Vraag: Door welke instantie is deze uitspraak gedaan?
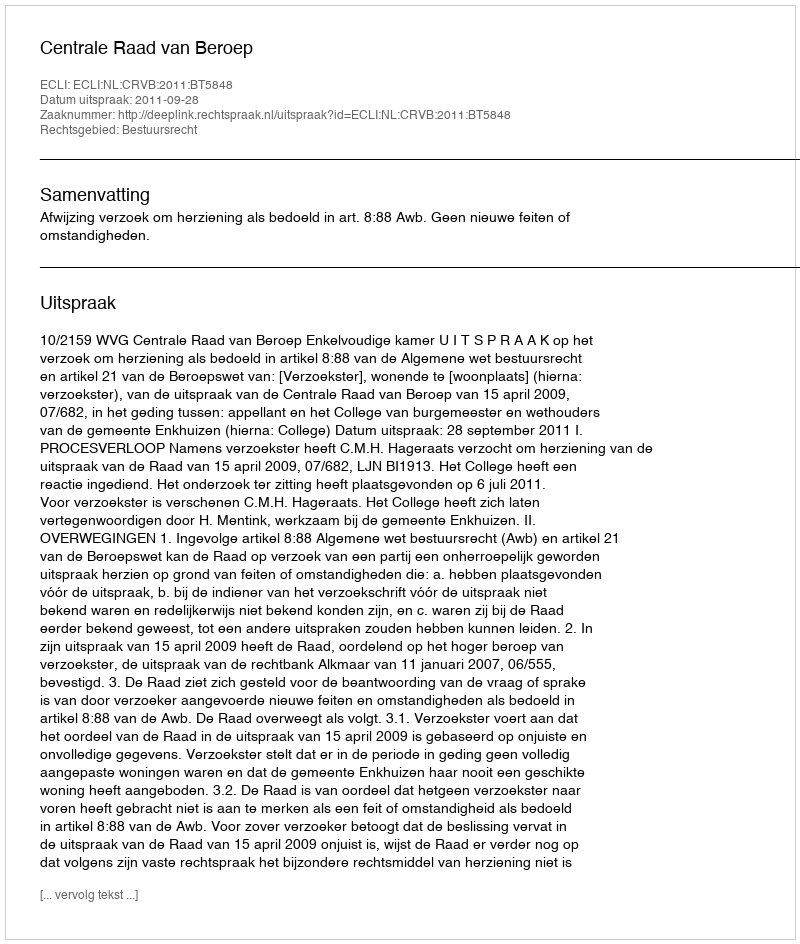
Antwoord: Centrale Raad van Beroep